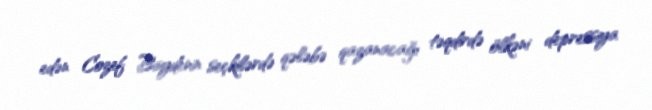
edən Cozef Baydenin seçkilərdə qələbə qazanacağı təqdirdə ölkəni depressiya